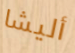
أليشا